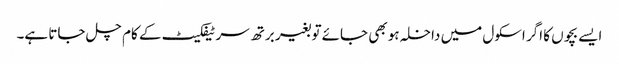
ایسے بچوں کا اگر اسکول میں داخلہ ہو بھی جائے تو بغیر برتھ سرٹیفکیٹ کے کام چل جاتا ہے۔